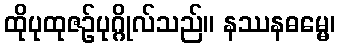
ထိုပုထုဇဉ်ပုဂ္ဂိုလ်သည်။ နဿနဓမ္မေ၊